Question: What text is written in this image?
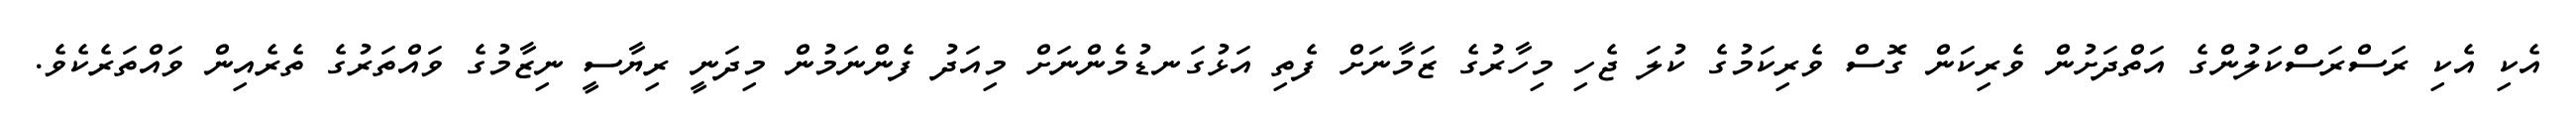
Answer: އެކި އެކި ރަސްރަސްކަލުންގެ އަތްދަށުން ވެރިކަން ގޮސް ވެރިކަމުގެ ކުލަ ޖެހި މިހާރުގެ ޒަމާނަށް ފެތި އަޅުގަނޑުމެންނަށް މިއަދު ފެންނަމުން މިދަނީ ރިޔާސީ ނިޒާމުގެ ވައްތަރުގެ ތެރެއިން ވައްތަރެކެވެ.